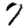
Digit: 7